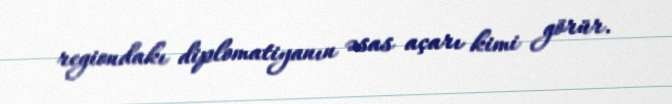
regiondakı diplomatiyanın əsas açarı kimi görür.